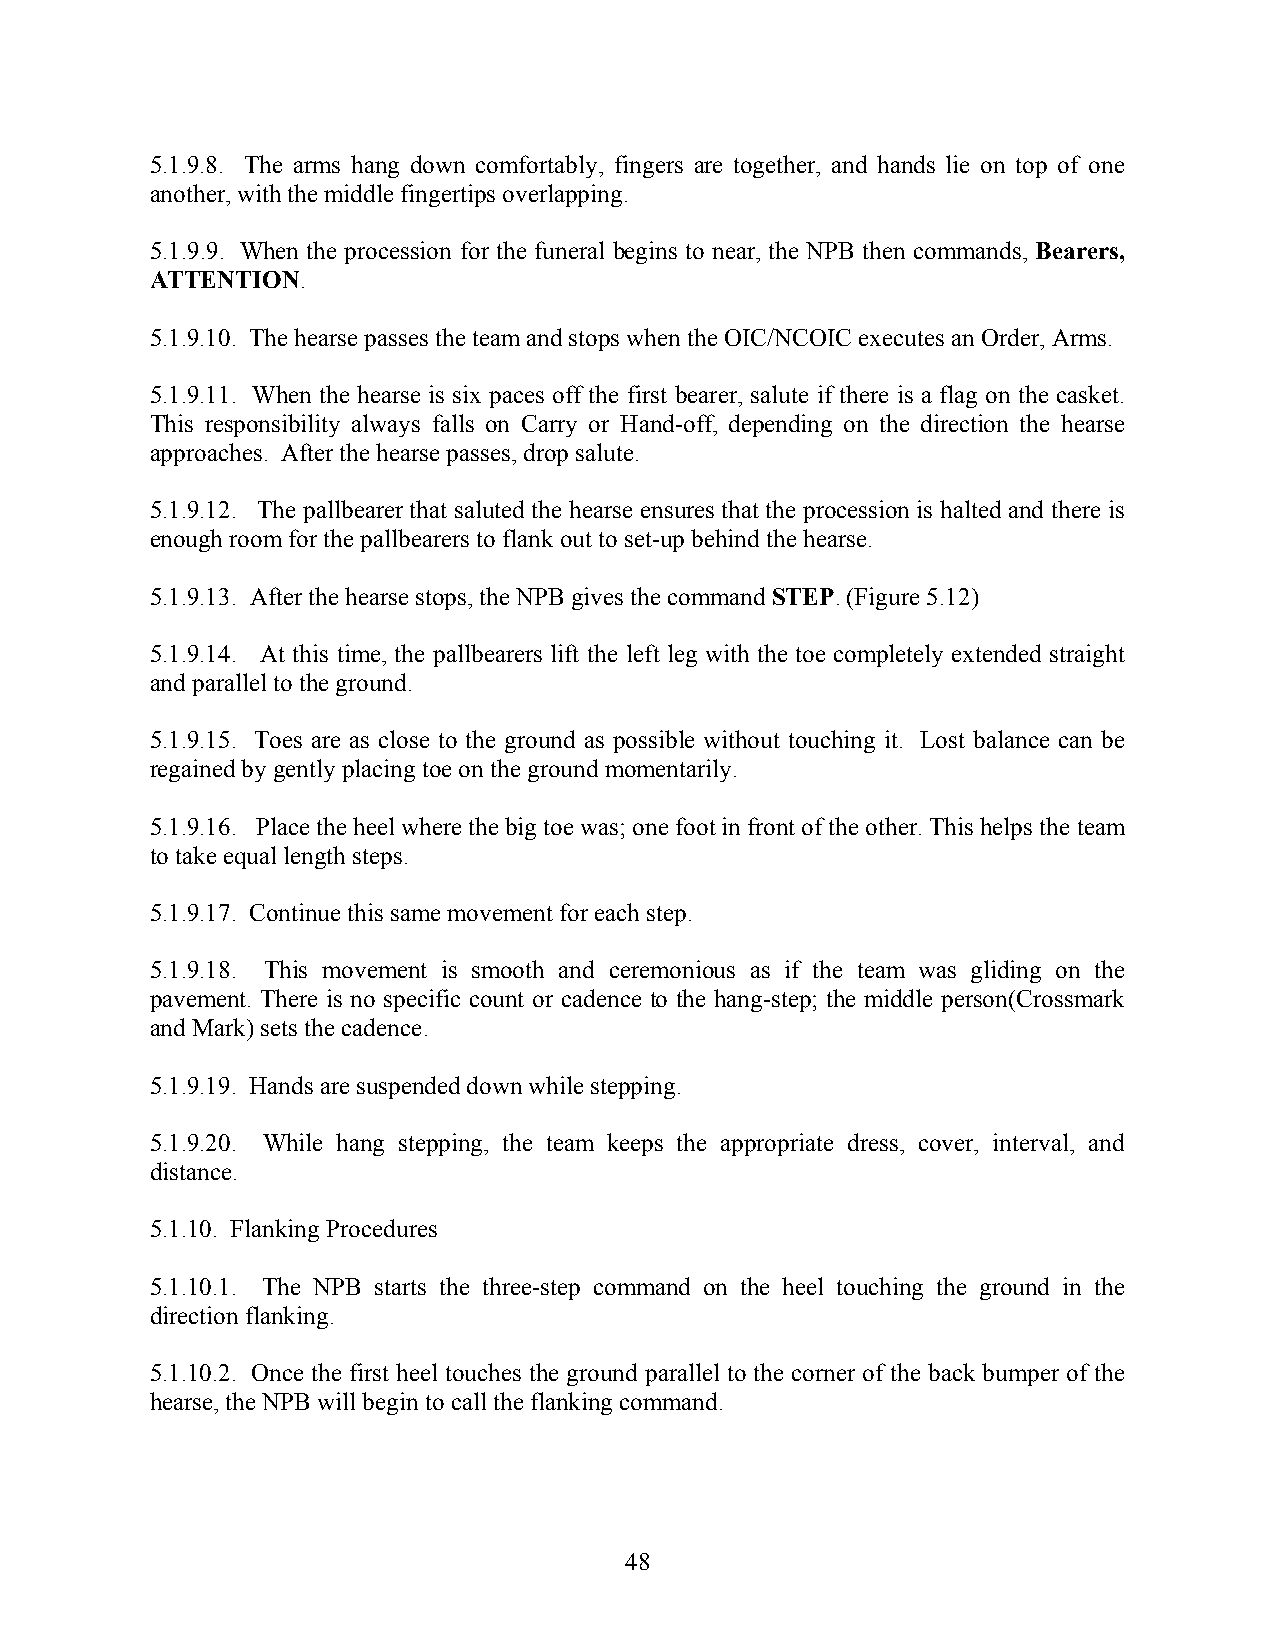
5.1.9.8. The arms hang down comfortably, fingers are together, and hands lie on top of one
 another, with the middle fingertips overlapping.
 5.1.9.9. When the procession for the funeral begins to near, the NPB then commands, Bearers,
 ATTENTION.
 5.1.9.10. The hearse passes the team and stops when the OIC/NCOIC executes an Order, Arms.
 5.1.9.11. When the hearse is six paces off the first bearer, salute if there is a flag on the casket.
 This responsibility always falls on Carry or Hand-off, depending on the direction the hearse
 approaches. After the hearse passes, drop salute.
 5.1.9.12. The pallbearer that saluted the hearse ensures that the procession is halted and there is
 enough room for the pallbearers to flank out to set-up behind the hearse.
 5.1.9.13. After the hearse stops, the NPB gives the command STEP. (Figure 5.12)
 5.1.9.14. At this time, the pallbearers lift the left leg with the toe completely extended straight
 and parallel to the ground.
 5.1.9.15. Toes are as close to the ground as possible without touching it. Lost balance can be
 regained by gently placing toe on the ground momentarily.
 5.1.9.16. Place the heel where the big toe was; one foot in front of the other. This helps the team
 to take equal length steps.
 5.1.9.17. Continue this same movement for each step.
 5.1.9.18. This movement is smooth and ceremonious as if the team was gliding on the
 pavement. There is no specific count or cadence to the hang-step; the middle person(Crossmark
 and Mark) sets the cadence.
 5.1.9.19. Hands are suspended down while stepping.
 5.1.9.20. While hang stepping, the team keeps the appropriate dress, cover, interval, and
 distance.
 5.1.10. Flanking Procedures
 5.1.10.1. The NPB starts the three-step command on the heel touching the ground in the
 direction flanking.
 5.1.10.2. Once the first heel touches the ground parallel to the corner of the back bumper of the
 hearse, the NPB will begin to call the flanking command.
 48